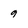
Character: 9